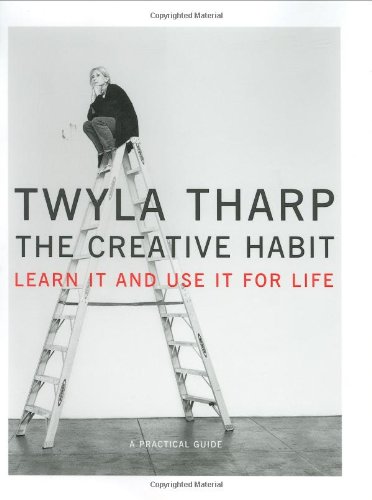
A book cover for The Creative Habit: Learn It and Use It for Life; Twyla Tharp; Health, Fitness & Dieting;